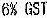
6% GST